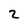
Character: 2